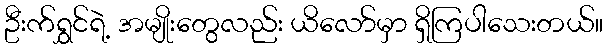
ဦးက်ရွှင်ရဲ့ အမျိုးတွေလည်း ယိလော်မှာ ရှိကြပါသေးတယ်။